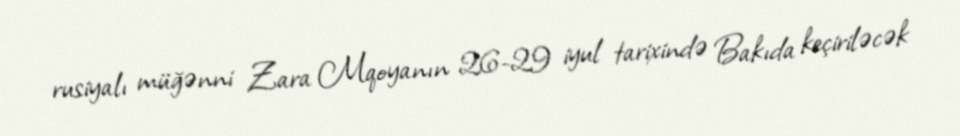
rusiyalı müğənni Zara Mqoyanın 26-29 iyul tarixində Bakıda keçiriləcək